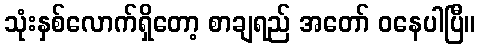
သုံးနှစ်လောက်ရှိတော့ စာချရည် အတော် ဝနေပါပြီ။